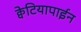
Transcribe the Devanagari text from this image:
क्वेटियापाईन